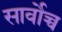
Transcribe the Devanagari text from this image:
सार्वोच्च